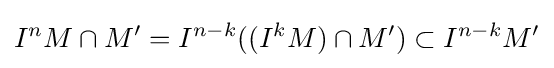
I^{n}M\cap M'=I^{n-k}((I^{k}M)\cap M')\subset I^{n-k}M'